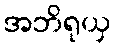
အဘိရုယှ